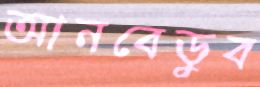
আনবেডুব